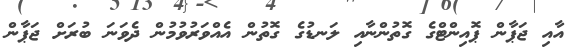
އާއި ޖަޕާން ޕޮއިންޓްގެ ގޮތުންނާއި ލަނޑުގެ ގޮތުން އެއްވަރުވުމުން ދެވަނަ ބުރަށް ޖަޕާން